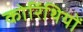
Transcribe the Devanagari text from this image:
कोरिंथियों